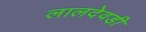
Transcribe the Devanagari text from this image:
लालदेवडी